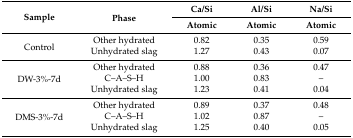
<table><thead><tr><td rowspan="2"><b>Sample</b></td><td rowspan="2"><b>Phase</b></td><td><b>Ca/Si</b></td><td><b>Al/Si</b></td><td><b>Na/Si</b></td></tr><tr><td><b>Atomic</b></td><td><b>Atomic</b></td><td><b>Atomic</b></td></tr></thead><tbody><tr><td rowspan="2">Control</td><td>Other hydrated</td><td>0.82</td><td>0.35</td><td>0.59</td></tr><tr><td>Unhydrated slag</td><td>1.27</td><td>0.43</td><td>0.07</td></tr><tr><td rowspan="3">DW-3%-7d</td><td>Other hydrated</td><td>0.88</td><td>0.36</td><td>0.47</td></tr><tr><td>C–A–S–H</td><td>1.00</td><td>0.83</td><td>–</td></tr><tr><td>Unhydrated slag</td><td>1.23</td><td>0.41</td><td>0.04</td></tr><tr><td rowspan="3">DMS-3%-7d</td><td>Other hydrated</td><td>0.89</td><td>0.37</td><td>0.48</td></tr><tr><td>C–A–S–H</td><td>1.02</td><td>0.87</td><td>–</td></tr><tr><td>Unhydrated slag</td><td>1.25</td><td>0.40</td><td>0.05</td></tr></tbody></table>